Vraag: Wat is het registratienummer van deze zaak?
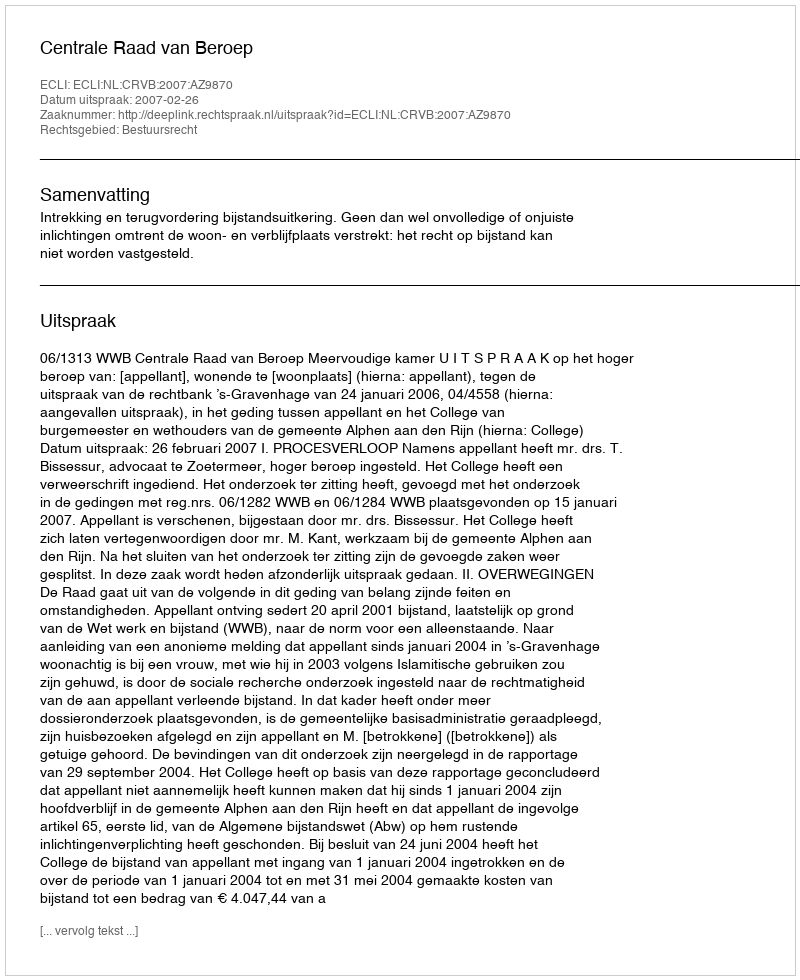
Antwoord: http://deeplink.rechtspraak.nl/uitspraak?id=ECLI:NL:CRVB:2007:AZ9870